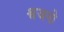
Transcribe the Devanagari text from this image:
श्वजनो